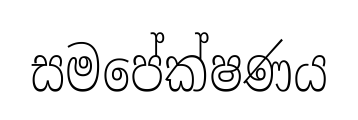
සමපේක්ෂණය